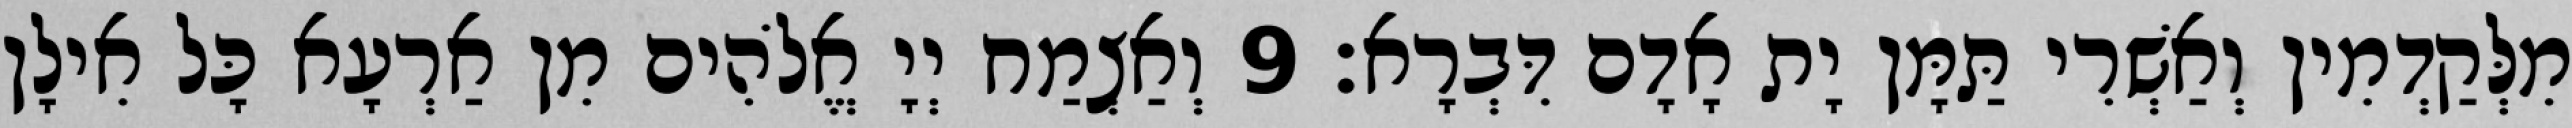
מִלְּקַדְמִין וְאַשְׁרִי תַּמָּן יָת אָדָם דִּבְרָא׃ 9 וְאַצְמַח יְיָ אֱלֹהִים מִן אַרְעָא כָּל אִילָן